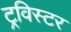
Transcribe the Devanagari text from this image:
ट्रविस्टर